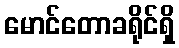
မောင်တောခရိုင်ရှိ